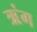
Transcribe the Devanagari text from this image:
ऋंग